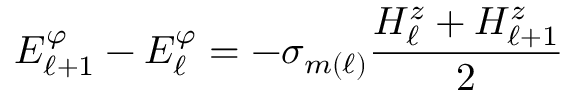
E _ { \ell + 1 } ^ { \varphi } - E _ { \ell } ^ { \varphi } = - \sigma _ { m ( \ell ) } \frac { H _ { \ell } ^ { z } + H _ { \ell + 1 } ^ { z } } { 2 }